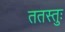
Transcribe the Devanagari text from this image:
ततस्तुः